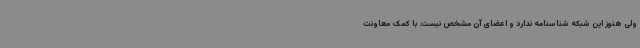
ولی هنوز این شبکه شناسنامه ندارد و اعضای آن مشخص نیست. با کمک معاونت